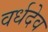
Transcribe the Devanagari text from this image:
वर्धदेव